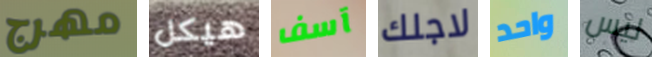
مهرج هيكل آسف لاجلك واحد ليس